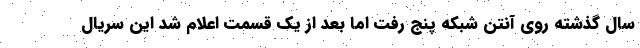
سال گذشته روی آنتن شبکه پنج رفت اما بعد از یک قسمت اعلام شد این سریال